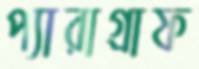
প্যারাগ্রাফ